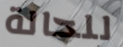
للحالة